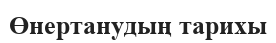
Өнертанудың тарихы